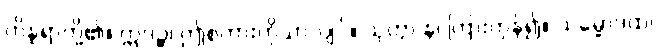
ကိန္နရာတို့၏။ ဣဒဉ္စ၊ ဤစကားကိုသာလျင်။ သုတွာ န၊ ကြားကုန်၍။ သမ္မောဒထ၊